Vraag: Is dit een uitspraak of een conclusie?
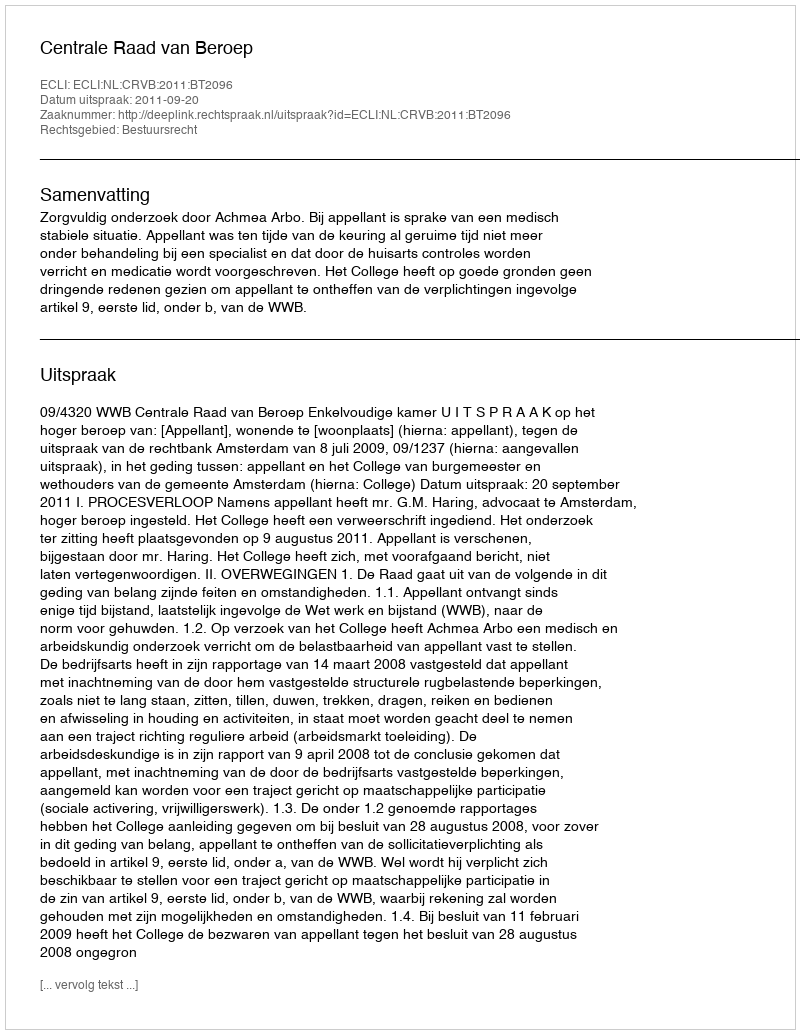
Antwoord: Uitspraak